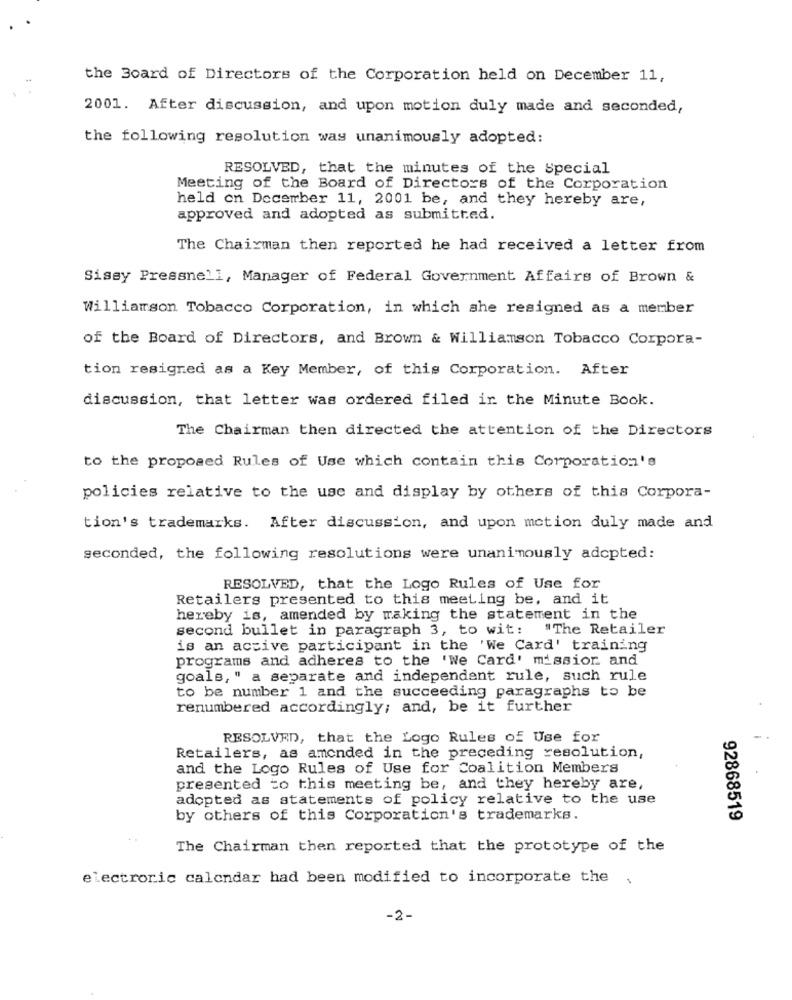
the Board of Directors of the Corporation held on December 11,
2001. After discussion, and upon motion duly made and seconded,
the following resolution was unanimously adopted:
RESOLVED, that the minutes of the Special
Meeting of the Board of Directors of the Corporation
held on December 11, 2001 be, and they hereby are,
approved and adopted as submitted.
The Chairman then reported he had received a letter from
Sissy Pressnell, Manager of Federal Government Affairs of Brown &
Williamson Tobacco Corporation, in which she resigned as a member
of the Board of Directors, and Brown & Williamson Tobacco Corpora-
tion resigned as a Key Member, of this Corporation. After
discussion, that letter was ordered filed in the Minute Book.
The Chairman then directed the attention of the Directors
to the proposed Rules of Use which contain this Corporation's
policies relative to the use and display by others of this Corpora-
tion's trademarks. After discussion, and upon motion duly made and
seconded, the following resolutions were unanimously adopted:
RESOLVED, that the Logo Rules of Use for
Retailers presented to this meeting be, and it
hereby is, amended by making the statement in the
second bullet in paragraph 3, to wit: "The Retailer
is an active participant in the 'We Card' training
programs and adheres to the 'We Card' mission and
goals, " a separate and independent rule, such rule
to be number 1 and the succeeding paragraphs to be
renumbered accordingly; and, be it further
RESOLVED, that the Logo Rules of Use for
Retailers, as amended in the preceding resolution,
and the Logo Rules of Use for Coalition Members
presented to this meeting be, and they hereby are,
adopted as statements of policy relative to the use
by others of this Corporation's trademarks.
92868519
The Chairman then reported that the prototype of the
electronic calendar had been modified to incorporate the
-2-